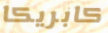
كابريكا